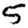
Digit: 5